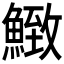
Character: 𩹈